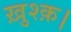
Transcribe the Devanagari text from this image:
ख़ुश्क़।